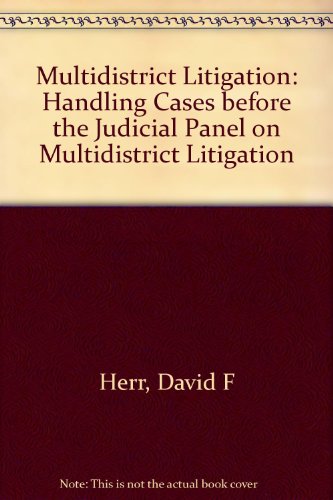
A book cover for Multidistrict Litigation Handling Cases Before the Judicial Panel on Multidistrict Litigation: Handling Cases Before the Judicial Panel on Multidistrict Litigation; David F. Herr; Law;